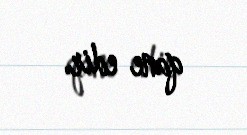
qane edir.